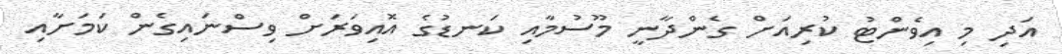
އަދި މި އިވެންޓު ކުރިއަށް ގެންދާނީ މޫސުމާއި ކަނޑުގެ އޮއިވަރަށް ވިސްނައިގެން ކަމަށާއި